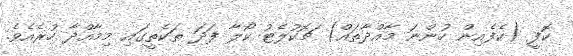
ކޮފީ (ކެފެއިން ހުންނަ މާއްދާތައް) ޗޮކުލެޓު ކޯލާ ފަދަ ތަކެތީގައި މިމާއްދާ ހުރެއެވެ.